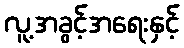
လူ့အခွင့်အရေးနှင့်